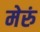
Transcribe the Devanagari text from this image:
मेरुं